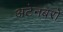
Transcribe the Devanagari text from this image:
अटेनबरो